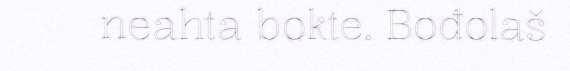
neahta bokte. Bođolaš